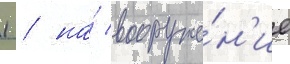
1 / на́ вооруже́н'ие